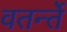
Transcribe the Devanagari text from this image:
वतर्न्ते